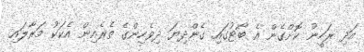
އަދި ރަހީނު ކޮށްގެން އެ ބޯޓުގައި ގެންދިޔަ ދިވެހިންގެ ތެރެއިން އެކަކު މަރާލައި